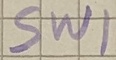
Text: SW1